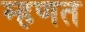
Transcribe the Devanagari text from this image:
म्‍हणत